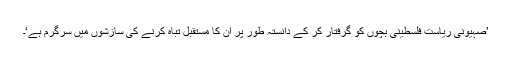
’صہیونی ریاست فلسطینی بچوں کو گرفتار کر کے دانستہ طور پر ان کا مستقبل تباہ کرنے کی سازشوں میں سرگرم ہے‘۔